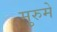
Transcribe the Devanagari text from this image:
मुरुमे